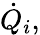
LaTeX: {\dot{Q}}_{i},